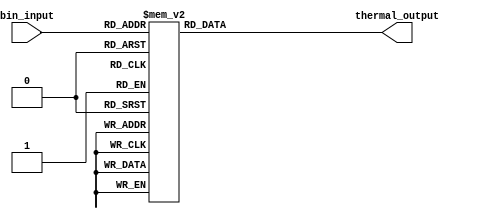
module ThermalEncoder (
    input [2:0] bin_input,   // 3-bit binary input
    output reg [3:0] thermal_output // 4-bit thermal output
);

// Combinational logic for thermal output generation
always @(*) begin
    case (bin_input)
        3'b000: thermal_output = 4'b0000; // 0
        3'b001: thermal_output = 4'b0001; // 1
        3'b010: thermal_output = 4'b0010; // 2
        3'b011: thermal_output = 4'b0011; // 3
        3'b100: thermal_output = 4'b0100; // 4
        3'b101: thermal_output = 4'b0101; // 5
        3'b110: thermal_output = 4'b0110; // 6
        3'b111: thermal_output = 4'b0111; // 7
        default: thermal_output = 4'b0000; // Default case
    endcase
end

endmodule